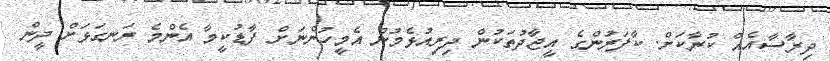
ދިރާސާއެއް ކުރާކަށް. ކާފަރުންގެ އީޖާދުތަކުން ދިރިއުޅެމުން އެމީހުންނަށް ފާޑުކީމާ އެންމެ ރަނގަޅަށް ދީން